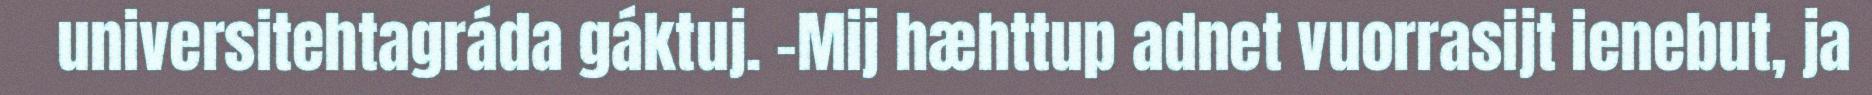
universitehtagráda gáktuj. -Mij hæhttup adnet vuorrasijt ienebut, ja